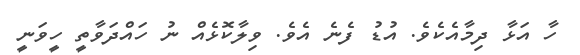
ހާ އަޅާ ދިމާއެކެވެ. އުޑު ފެނެ އެވެ. ވިލާކޮޅެއް ނު ހައްދަވާތީ ހީވަނީ